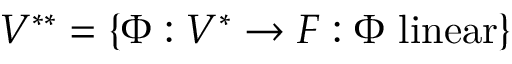
V ^ { * * } = \{ \Phi : V ^ { * } \to F : \Phi \ \mathrm { l i n e a r } \}